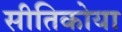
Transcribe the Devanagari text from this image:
सीतिकोया